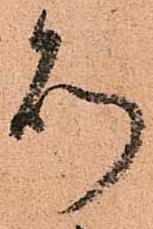
則